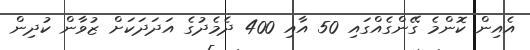
އެއިން ކޮންމެ ގޭންގެއްގައި 50 އާއި 400 ދެމެދުގެ އަދަދަކަށް ޒުވާން ކުދިން